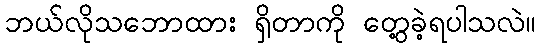
ဘယ်လိုသဘောထား ရှိတာကို တွေ့ခဲ့ရပါသလဲ။